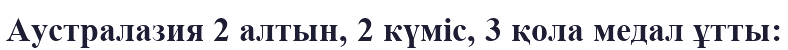
Аустралазия 2 алтын, 2 күміс, 3 қола медал ұтты: